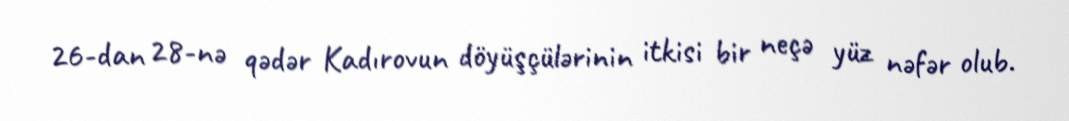
26-dan 28-nə qədər Kadırovun döyüşçülərinin itkisi bir neçə yüz nəfər olub.